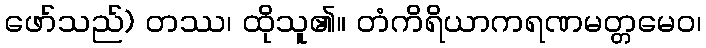
ဖော်သည်) တဿ၊ ထိုသူ၏။ တံကိရိယာကရဏမတ္တမေဝ၊